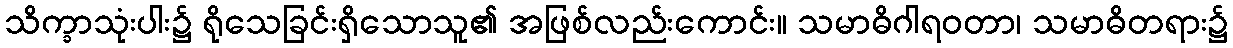
သိက္ခာသုံးပါး၌ ရိုသေခြင်းရှိသောသူ၏ အဖြစ်လည်းကောင်း။ သမာဓိဂါရဝတာ၊ သမာဓိတရား၌